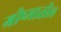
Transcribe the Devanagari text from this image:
ग्रीष्मातील